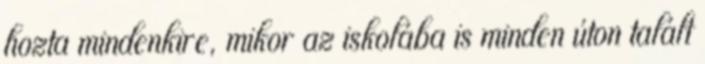
hozta mindenkire, mikor az iskolába is minden úton talált